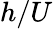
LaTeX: h/U